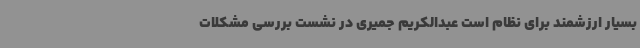
بسیار ارزشمند برای نظام است عبدالکریم جمیری در نشست بررسی مشکلات